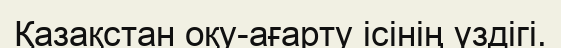
Қазақстан оқу-ағарту ісінің үздігі.